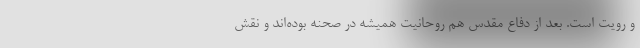
و رویت است. بعد از دفاع مقدس هم روحانیت همیشه در صحنه بوده‌اند و نقش